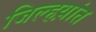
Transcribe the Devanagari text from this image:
जिल्हय़ांत